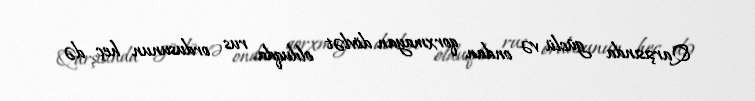
Qarşısında güclü və ondan qorxmayan dövlət olduqda rus ordusunun heç də